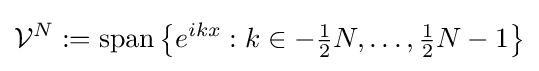
{\mathcal {V}}^{N}:=\operatorname {span} \left\{e^{ikx}:k\in -{\tfrac {1}{2}}N,\dots ,{\tfrac {1}{2}}N-1\right\}